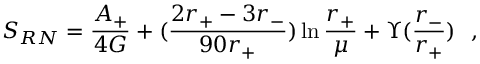
S _ { R N } = { \frac { A _ { + } } { 4 G } } + ( { \frac { 2 r _ { + } - 3 r _ { - } } { 9 0 r _ { + } } } ) \ln { \frac { r _ { + } } { \mu } } + \Upsilon ( { \frac { r _ { - } } { r _ { + } } } ) ~ ~ ,